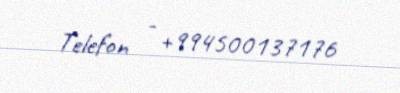
Telefon - +994500137176